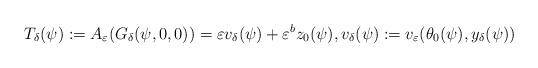
LaTeX: \begin{align*}T_{\delta}(\psi):=A_{\varepsilon}(G_{\delta}(\psi, 0, 0))=\varepsilon v_{\delta}(\psi)+\varepsilon^b z_0(\psi), v_{\delta}(\psi):=v_{\varepsilon} (\theta_0(\psi), y_{\delta}(\psi))\end{align*}